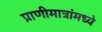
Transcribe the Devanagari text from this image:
प्राणीमात्रांमध्ये